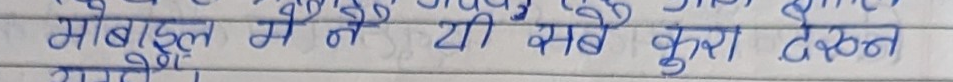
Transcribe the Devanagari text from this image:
मोबाइल मे नय टी सबे कुरा देखन
गए।